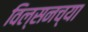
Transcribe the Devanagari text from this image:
विल्सनच्या